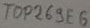
Text: TOP269E6